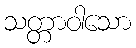
သတ္တာဝါသော